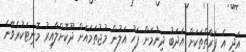
އަދި އެ ފަރާތްތަކަށް އަދަބު ދިނުމަށް ފަހު އަލުން މުޖުތަމައަށް ދޫކޮށްލާއިރު މޮނިޓަކުރެވޭނެ